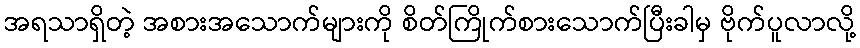
အရသာရှိတဲ့ အစားအသောက်များကို စိတ်ကြိုက်စားသောက်ပြီးခါမှ ဗိုက်ပူလာလို့